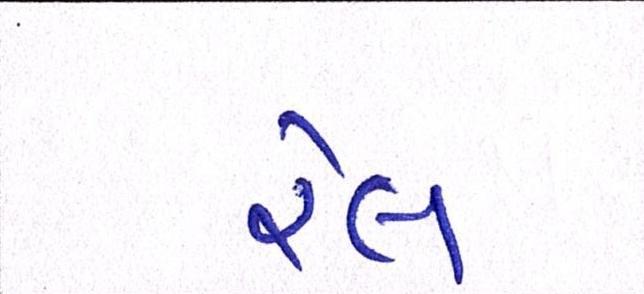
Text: રેલ